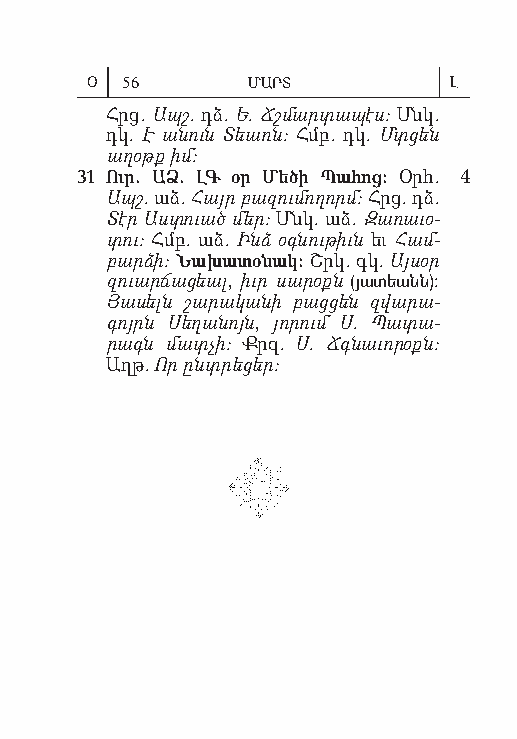
Օ 56      ՄԱՐՏ          Լ
 Հրց. Ապշ. դձ. Ե. Ճշմ արտ ա պէս: Մնկ.
 դկ. Է ա նուն Տեառն: Հմբ. դկ. Մտ ցեն
 աղ օթք իմ:
 31 Ուր. ԱՁ. ԼԳ օր Մեծ ի Պա հոց: Օրհ. 4
 Ապշ. աձ. Հայր բազ ում ո ղորմ: Հրց. դձ.
 Տէր Աս տուած մեր: Մնկ. աձ. Զա ռաւ օ­
 տու: Հմբ. աձ. Ինձ օգն ութ իւն եւ Համ­
 բարձ ի: Նա խա տօ նակ: Շրկ. գկ. Այ սօր
 զուարճ ա ցեալ, իւր սա րօքն (յա տեանն):
 Յաս ելն շար ակ ա նի բաց ցեն զվար ա­
 գոյրն Սե ղան ոյն, յո րում Ս. Պա տա­
 րագն մատ չի: Քրզ. Ս. Ճգն աւ ո րօքն:
 Աղթ. Որ ընտր եց եր: